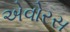
એવોરસ